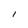
Character: I